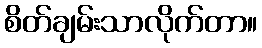
စိတ်ချမ်းသာလိုက်တာ။